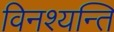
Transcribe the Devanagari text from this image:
विनश्यन्ति